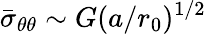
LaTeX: \bar{\sigma}_{\theta\theta}\sim G(a/r_{0})^{1/2}